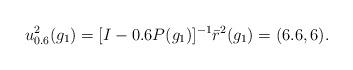
LaTeX: \begin{align*} u_{0.6}^2(g_1)=[I-0.6 P(g_1)]^{-1}\bar{r}^2(g_1)=(6.6,6).\end{align*}